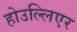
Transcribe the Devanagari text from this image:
होउल्लिएर